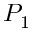
P _ { 1 }